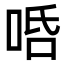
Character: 𠳂